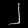
Digit: ၂